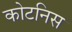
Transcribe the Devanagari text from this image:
कोटनिस